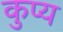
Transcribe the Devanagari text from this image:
कुप्य